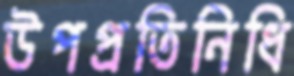
উপপ্রতিনিধি